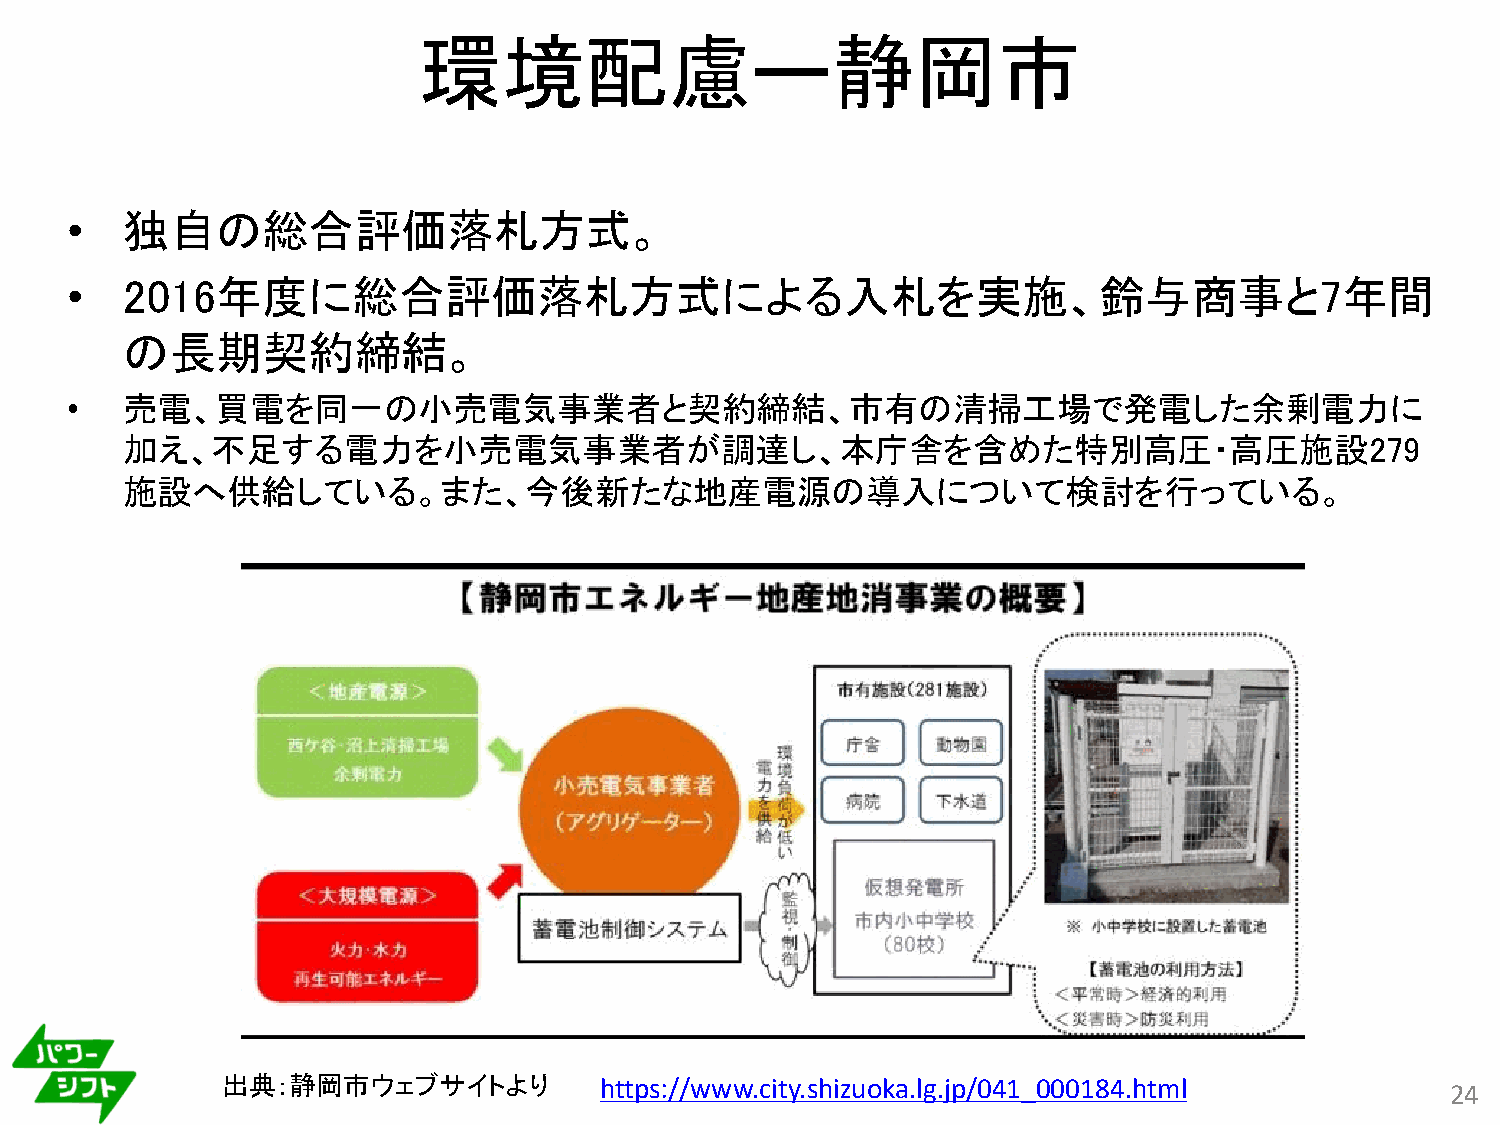
環境配慮ー静岡市
 •   独自の総合評価落札方式。
 •   2016年度に総合評価落札方式による入札を実施、鈴与商事と7年間
 の長期契約締結。
 •   売電、買電を同一の小売電気事業者と契約締結、市有の清掃工場で発電した余剰電力に
 加え、不足する電力を小売電気事業者が調達し、本庁舎を含めた特別高圧・高圧施設279
 施設へ供給している。また、今後新たな地産電源の導入について検討を行っている。
 出典：静岡市ウェブサイトより           https://www.city.shizuoka.lg.jp/041_000184.html         24